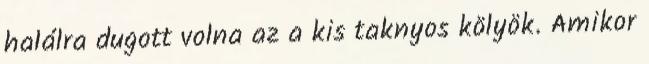
halálra dugott volna az a kis taknyos kölyök. Amikor